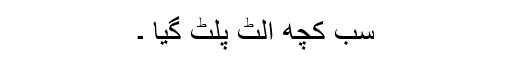
سب کچھ اْلٹ پلٹ گیا ۔